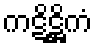
ကဋိဋ္ဌိကံ